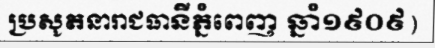
ប្រសូតនារាជធានីភ្នំពេញ ឆ្នាំ១៩០៩)